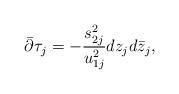
LaTeX: \begin{align*}\bar\partial\tau_j = -\frac{s_{2j}^2}{u_{1j}^2}dz_jd\bar z_j,\end{align*}